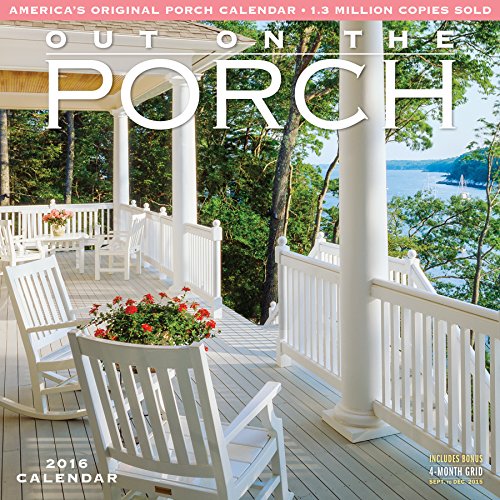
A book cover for Out on the Porch Wall Calendar 2016; Workman Publishing; Calendars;